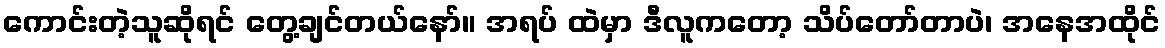
ကောင်းတဲ့သူဆိုရင် တွေ့ချင်တယ်နော်။ အရပ် ထဲမှာ ဒီလူကတော့ သိပ်တော်တာပဲ၊ အနေအထိုင်